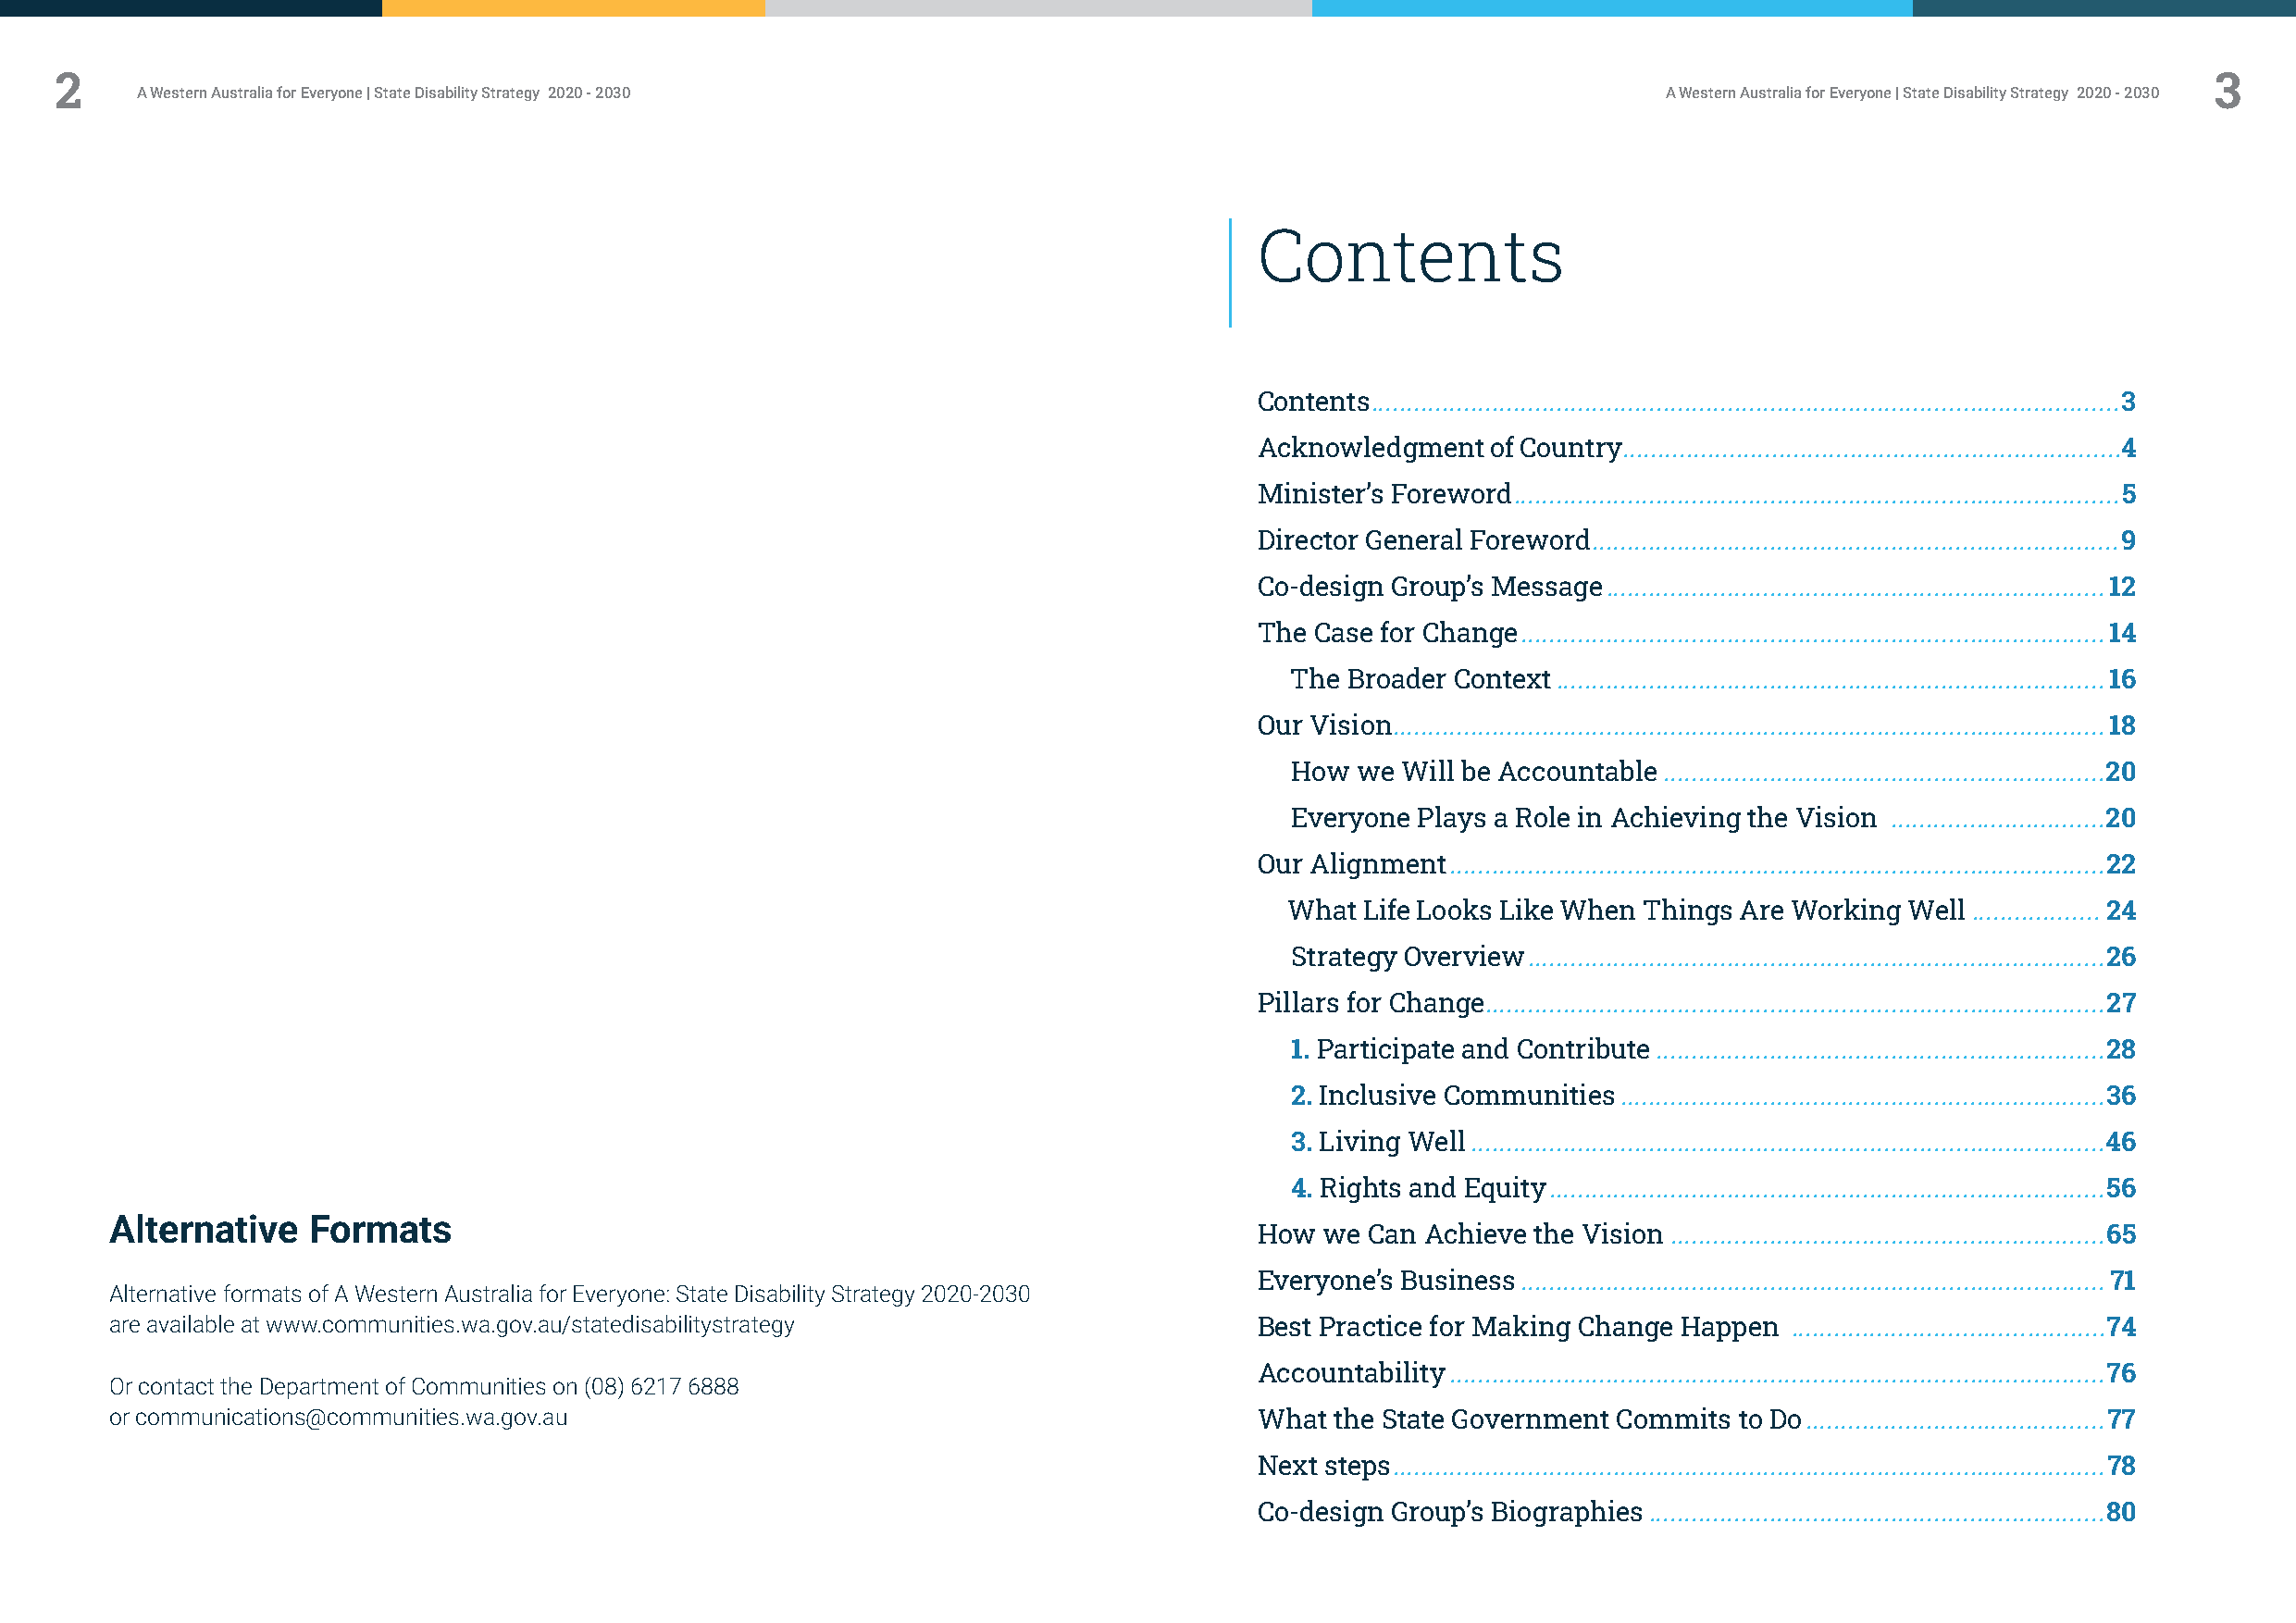
2                                                                                                                                                         3
 A Western Australia for Everyone | State Disability Strategy 2020 - 2030                                     A Western Australia for Everyone | State Disability Strategy 2020 - 2030
 Contents
 Contents .........................................................................................................3
 Acknowledgment   of Country......................................................................4
 Minister’s Foreword .....................................................................................5
 Director General Foreword ..........................................................................9
 Co-design Group’s Message ......................................................................12
 The Case for Change ..................................................................................14
 The Broader Context .............................................................................16
 Our Vision....................................................................................................18
 How  we Will be Accountable ..............................................................20
 Everyone Plays a Role in Achieving the Vision ..............................20
 Our Alignment ............................................................................................22
 What Life Looks Like When Things Are Working Well .................. 24
 Strategy Overview .................................................................................26
 Pillars for Change .......................................................................................27
 1. Participate and Contribute ...............................................................28
 2. Inclusive Communities ....................................................................36
 3. Living Well .........................................................................................46
 4. Rights and Equity ..............................................................................56
 Alternative   Formats
 How  we Can Achieve the Vision .............................................................65
 Everyone’s Business ..................................................................................71
 Alternative formats of A Western Australia for Everyone: State Disability Strategy 2020-2030
 are available at www.communities.wa.gov.au/statedisabilitystrategy                Best Practice for Making Change Happen ............................................74
 Accountability ............................................................................................76
 Or contact the Department of Communities on (08) 6217 6888
 or communications@communities.wa.gov.au                                           What the State Government Commits to Do ..........................................77
 Next steps ....................................................................................................78
 Co-design Group’s Biographies ................................................................80